Annual administration report of the Civil Veterinary Department of India - 1898-1899
Year: 1898
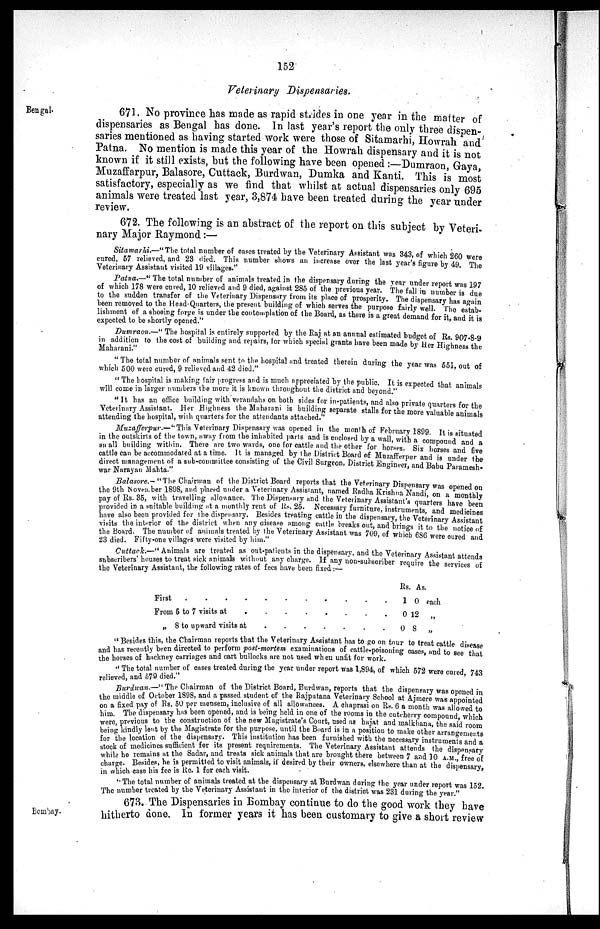
152
Veterinary Dispensaries.
Bengal.
671. No province has made as rapid strides in one year in the matter of
dispensaries as Bengal has done. In last year's report the only three dispen-
saries mentioned as having started work were those of Sitamarhi, Howrah and
Patna. No mention is made this year of the Howrah dispensary and it is not
known if it still exists, but the following have been opened:—Dumraon, Gaya,
Muzaffarpur, Balasore, Cuttack, Burdwan, Dumka and Kanti. This is most
satisfactory, especially as we find that whilst at actual dispensaries only 695
animals were treated last year, 3,874 have been treated during the year under
review.
672. The following is an abstract of the report on this subject by Veteri-
nary Major Raymond:—
Sitamarhi.—" The total number of cases treated by the Veterinary Assistant was 343, of which 260 were
cured, 57 relieved, and 23 died. This number shows an increase over the last year's figure by 49. The
Veterinary Assistant visited 19
villages."
Patna.—"The
total number of animals treated in the dispensary during the year under report was 197
of which 178 were cured, 10 relieved and 9 died, against 285 of the previous year. The fal1 in number is due
to the sudden transfer of the Veterinary Dispensary from its place of prosperity. The dispensary has again
been removed to the Head-Quarters, the present building of which serves the purpose fairly well. The estab-
lishment of a shoeing forge is under the contemplation of the Board, as there is a great demand for it, and it is
expected to be shortly opened."
Dumraon.-"
The hospital is entirely supported by the Raj at an annual estimated budget of Rs. 907-8-9
in addition to the cost of building and repairs, for which special grants have been made by Her Highness the
Maharani."
" The total number of animals sent to the hospital and treated therein during the year was 551, out of
which 500 were cured, 9 relieved and 42 died."
" The hospital is making fair progress and is much appreciated by the public. It is expected that animals
will come in larger numbers the more it is known throughout the district and beyond."
" It has an office building with verandahs on both sides for in-patients, and also private quarters for the
Veterinary Assistant. Her Highness the Maharani is building separate stalls for the more valuable animals
attending the hospital, with quarters for the attendants
attached."
Muzafferpur.—"This
Veterinary Dispensary was opened in the month of February 1899. It is situated
in the outskirts of the town, away from the inhabited parts and is enclosed by a wall, with a compound and a
shall building within. There are two wards, one for cattle and the other for horses. Six horses and five
cattle can be accommodated at a time. It is managed by the District Board of Muzafferpur and is under the
direct, management of a sub-committee consisting of the Civil Surgeon, District Engineer, and Babu Paramesh-
war Narayan Mahta."
Balasore.- "The Chairman of the District Board reports that the Veterinary Dispensary was opened on
the 9th November 1898, and placed under a Veterinary Assistant, named Radha Krishna Nandi, on a monthly
pay of Rs. 35, with travelling allowance. The Dispensary and the Veterinary Assistant's quarters have been
provided in a suitable building at a monthly rent of Rs. 25. Necessary furniture, instruments, and medicines
have also been provided for the dispensary. Besides treating cattle in the dispensary, the Veterinary Assistant
visits the interior of the district when any disease among cattle breaks out, and brings it to the notice of
the Board. The number of animals treated by the Veterinary Assistant was 709, of which 686 were cured and
23 died. Fifty-one villages were visited by
him."
Cuttack.—" Animals are treated as out-patients in the dispensary, and the Veterinary Assistant attends
subscribers' houses to treat sick animals without any charge. If any non-subscriber require the services of
the Veterinary Assistant, the following rates of fees have been fixed:—
First
.
.
.
.
From 5 to 7 visits at .
„ 8 to upward visits at
.
.
.
.
.
.
.
.
.
.
.
.
.
.
.
.
.
.
.
.
.
Rs.
1
0
0
As.
0 each
12 „
8 „
" Besides this, the Chairman reports that the Veterinary Assistant has to go on tour to treat cattle disease
and has recently been directed to perform post-mortem examinations of cattle-poisoning cases, and to see that
the horses of hackney carriages and cart bullocks are not used when unfit for work.
" The total number of cases treated during the year under report was 1,894, of which 572 were cured, 743
relieved, and 579 died."
Burdwan.—"The
Chairman of the District Board, Burdwan, reports that the dispensary was opened in
the middle of October 1898, and a passed student of the Rajputana Veterinary School at Ajmere was appointed
on a fixed pay of Rs. 50 per mensem, inclusive of all allowances. A chaprasi on Rs. 6 a month was allowed to
him. The dispensary has been opened, and is being held in one of the rooms in the cutcherry compound, which
were, previous to the construction of the new Magistrate's Court, used as hajat and malkhana, the said room
being kindly lent by the Magistrate for the purpose, until the Board is in a position to make other arrangements
for the location of the dispensary. This institution has been furnished with the necessary instruments and a
stock of medicines sufficient for its present requirements. The Veterinary Assistant attends the dispensary
while he remains at the Sadar, and treats sick animals that are brought there between 7 and 10 A.M., free of
charge. Besides, he is permitted to visit animals, if desired by their owners, elsewhere than at the dispensary,
in which case his fee is Re. 1 for each visit.
"The total number of animals treated at the dispensary at Burdwan during the year under report was 152.
The number treated by the Veterinary Assistant in the interior of the district was 231 during the year."
Bombay.
673. The Dispensaries in Bombay continue to do the good work they have
hitherto done. In former years it has been customary to give a short review